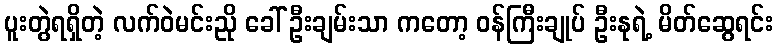
ပူးတွဲရရှိတဲ့ လက်ဝဲမင်းညို ခေါ် ဦးချမ်းသာ ကတော့ ဝန်ကြီးချုပ် ဦးနုရဲ့ မိတ်ဆွေရင်း